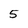
Character: 5